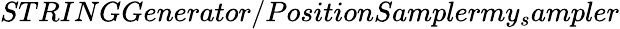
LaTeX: STRINGGenerator/PositionSamplermy_{s}ampler